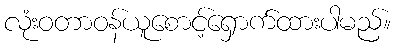
လုံးဝတာဝန်ယူစောင့်ရှောက်ထားပါမည်။